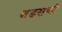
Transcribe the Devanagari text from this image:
बडसची